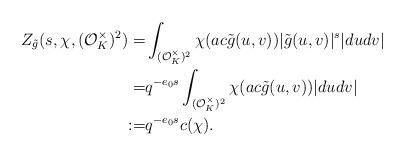
LaTeX: \begin{align*}Z_{\tilde{g}}(s, \chi, (\mathcal{O}_K^{\times})^2)=&\int_{(\mathcal{O}_K^{\times})^2}\chi(ac\tilde{g}(u, v))|\tilde{g}(u, v)|^s|dudv|\\=&q^{-e_0s}\int_{(\mathcal{O}_K^{\times})^2}\chi(ac\tilde{g}(u, v))|dudv|\\:=&q^{-e_0s}c(\chi).\end{align*}